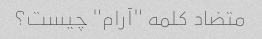
متضاد کلمه "آرام" چیست؟